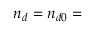
n _ { d } = n _ { d 0 } =